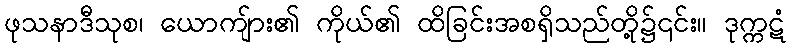
ဖုသနာဒီသုစ၊ ယောကျ်ား၏ ကိုယ်၏ ထိခြင်းအစရှိသည်တို့၌၎င်း။ ဒုက္ကဋံ